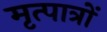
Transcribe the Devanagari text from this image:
मृत्पात्रों